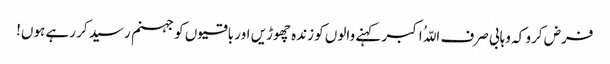
فرض کرو کہ وہابی صرف اللّہُ اکبر کہنے والوں کو زندہ چھوڑیں اور باقیوں کو جہنم رسید کر رہے ہوں!